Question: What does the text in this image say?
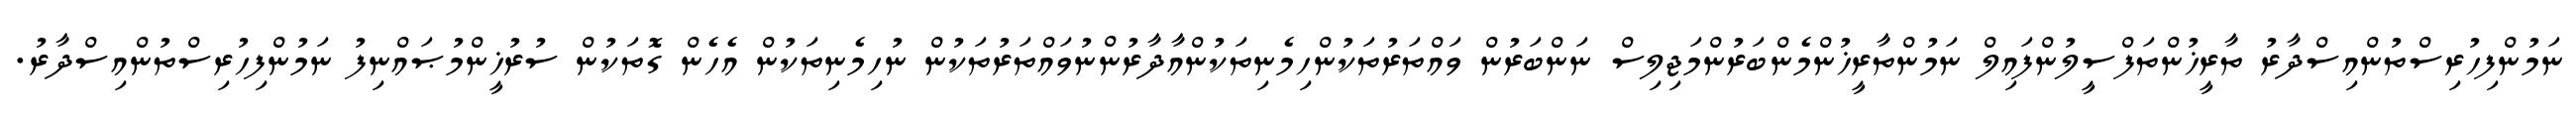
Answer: ނަމުންފިހުރިސްތުންއިސްދާރު ތާރީޚުންތަފްސީލުންފައިލް ނަމުންތާރީޚުންމެންބަރުންމަޖިލިސް ނަންބަރުން ވައްތަރުތަކުންހިމެނިތަކުންއާދާރުންނުވައްތަރުތަކުން ނުހިމެނިތަކުން އެހެން ގޮތަކުން ސުރުޚީންމުޞައްނިފު ނަމުންފިހުރިސްތުންއިސްދާރު.